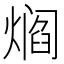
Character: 𰟘